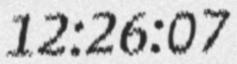
12:26:07